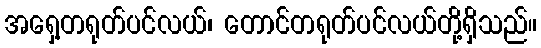
အရှေ့တရုတ်ပင်လယ်၊ တောင်တရုတ်ပင်လယ်တို့ရှိသည်။